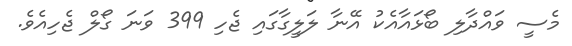
މެސީ ވައްދާލި ބޯޅައާއެކު އޭނާ ލަލީގާގައި ޖެހި 399 ވަނަ ގޯލް ޖެހިއެވެ.